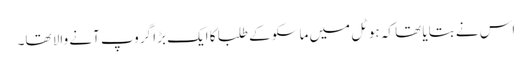
اس نے بتایا تھا کہ ہوٹل میں ماسکو کے طلبا کا ایک بڑا گروپ آنے والا تھا۔